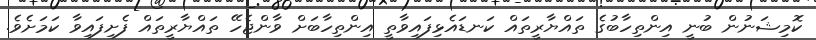
ކޮމިޝަނުން ބުނީ އިންތިހާބުގެ ތައްޔާރީތައް ކަނޑައެޅިފައިވާތީ އިންތިހާބަށް ވާންޖެހޭ ތައްޔާރީތައް ފެށިފައިވާ ކަމަށެެވެ.